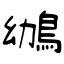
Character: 鴢